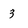
Character: 3